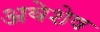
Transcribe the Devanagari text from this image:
अवेशेष